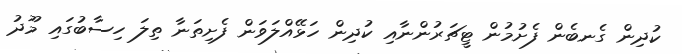
ކުދިން ގެނބެން ފެށުމުން ޓީޗަރުންނާއި ކުދިން ހަޅޭއްލަވަން ފެށިތަނާ ތިލަ ހިސާބުގައި މޫދު